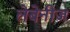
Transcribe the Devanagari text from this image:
लेबेनीज